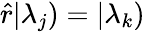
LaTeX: \hat{r}|\lambda_{j})=|\lambda_{k})